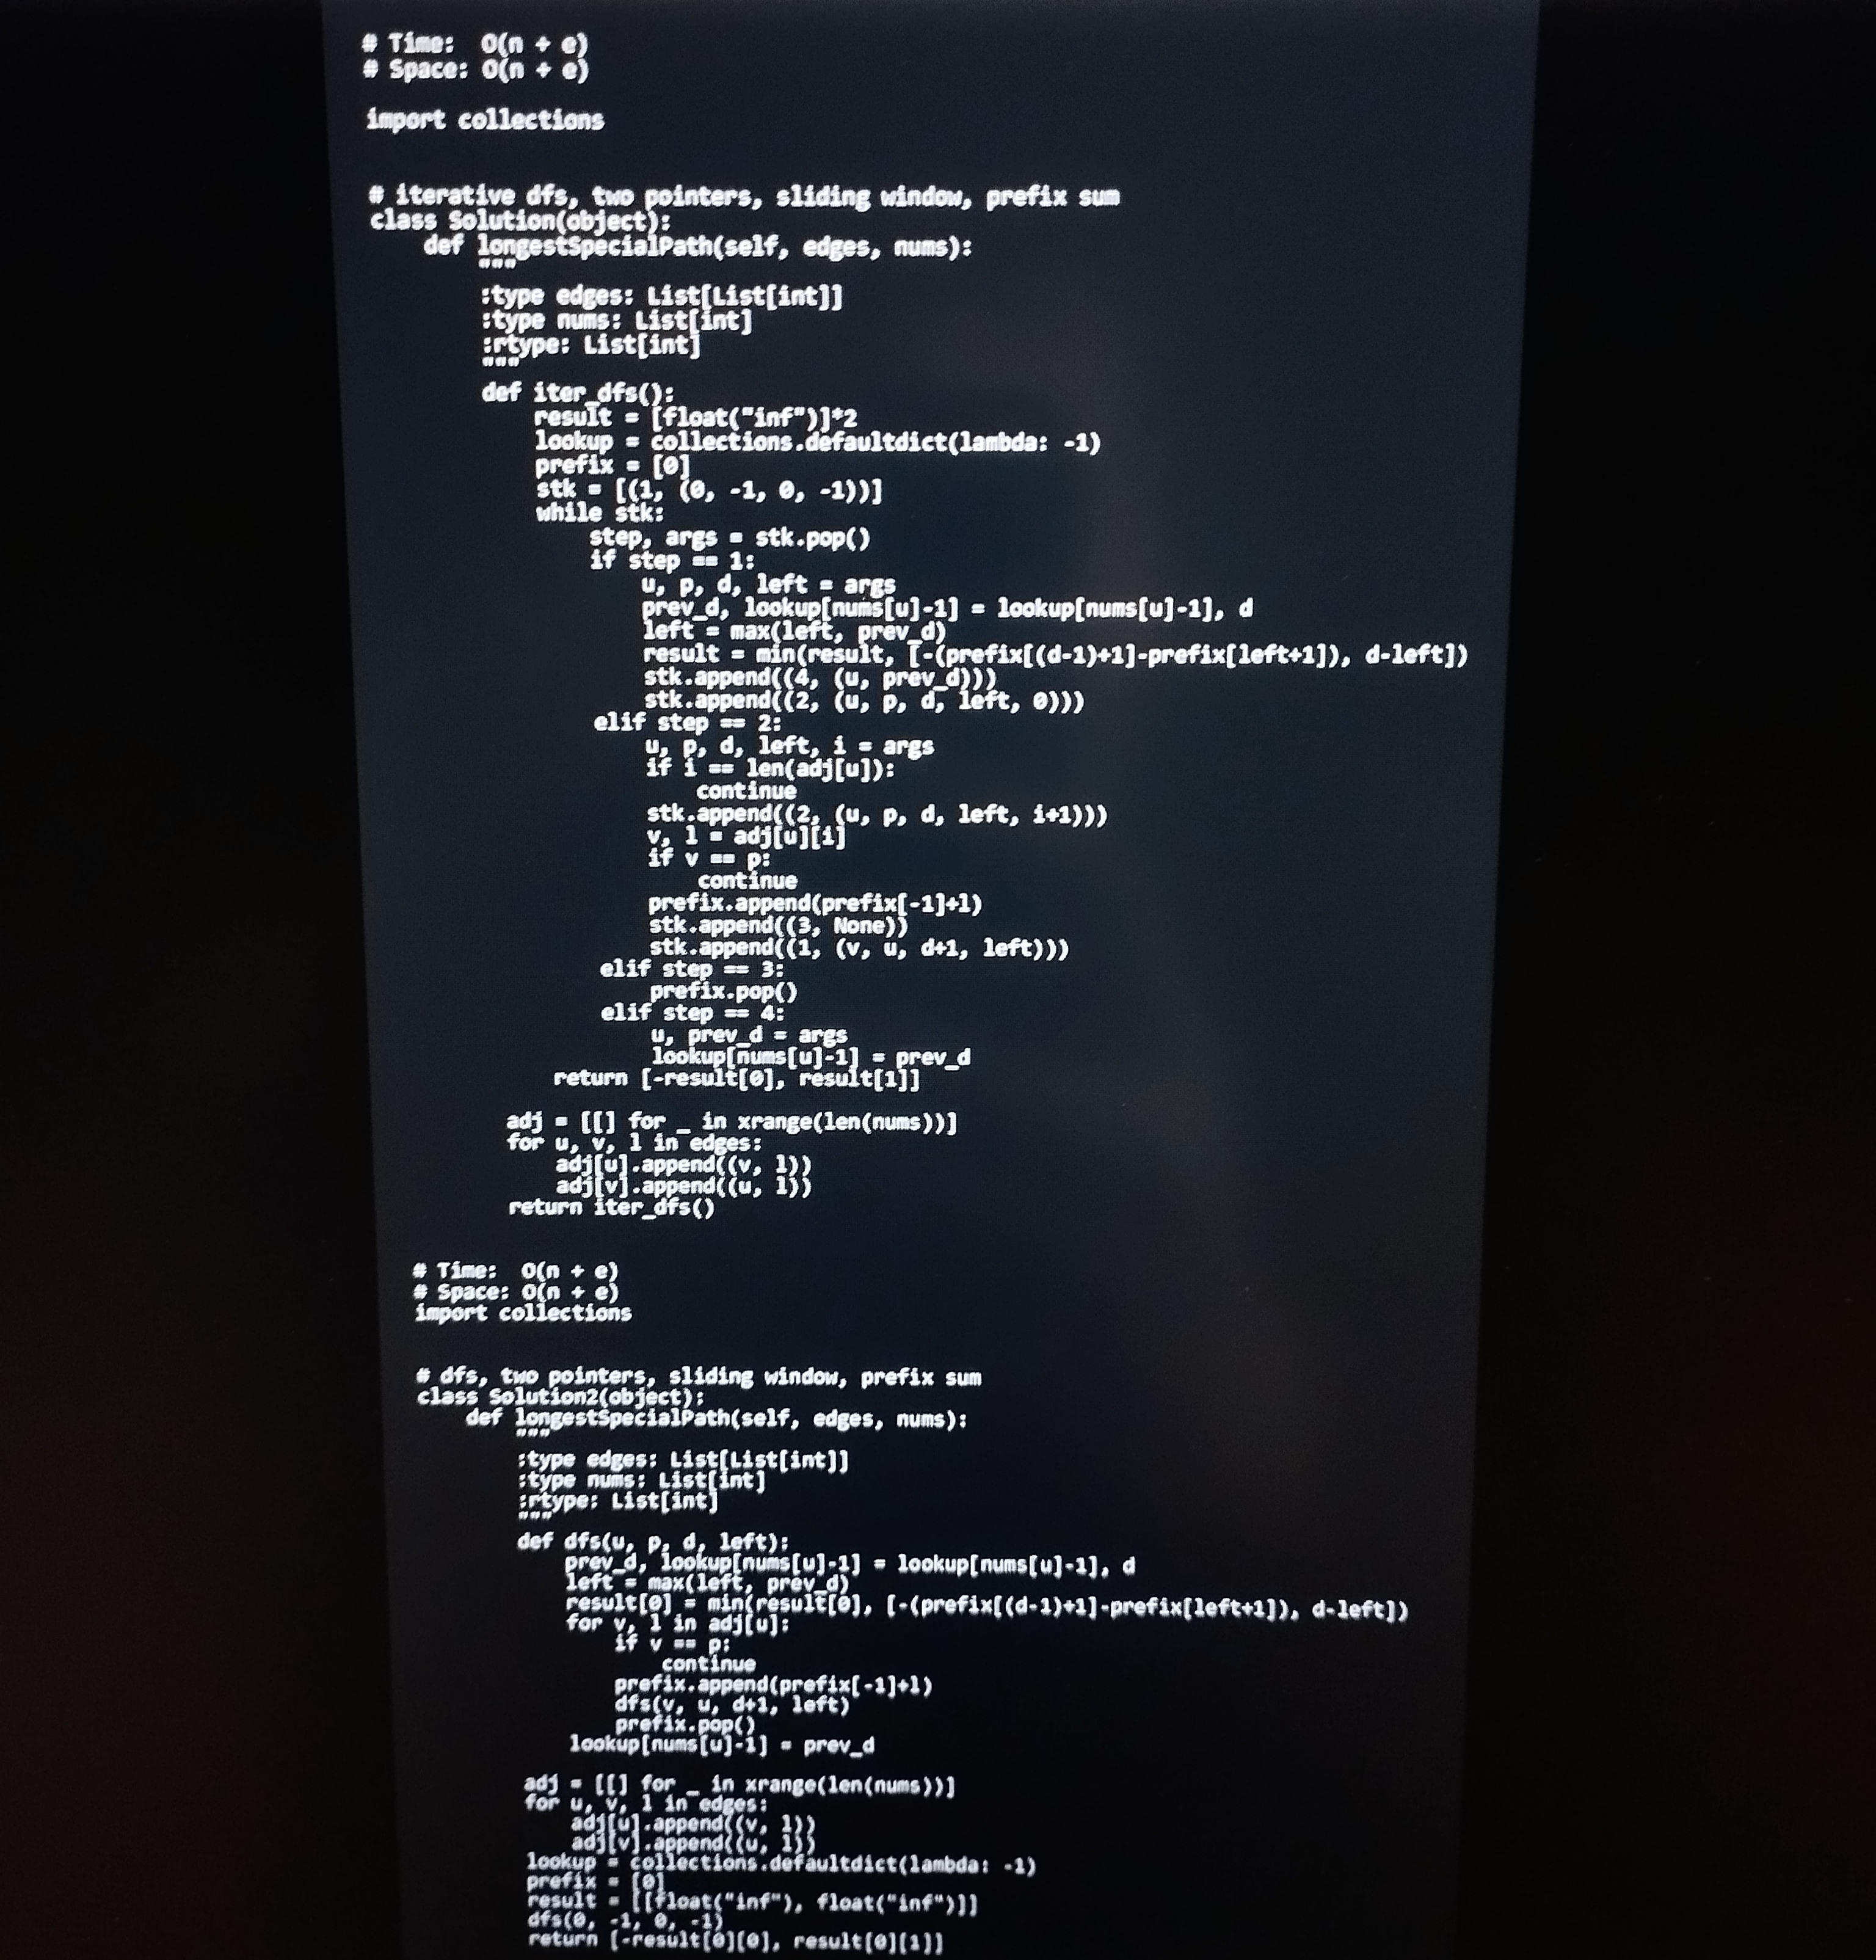
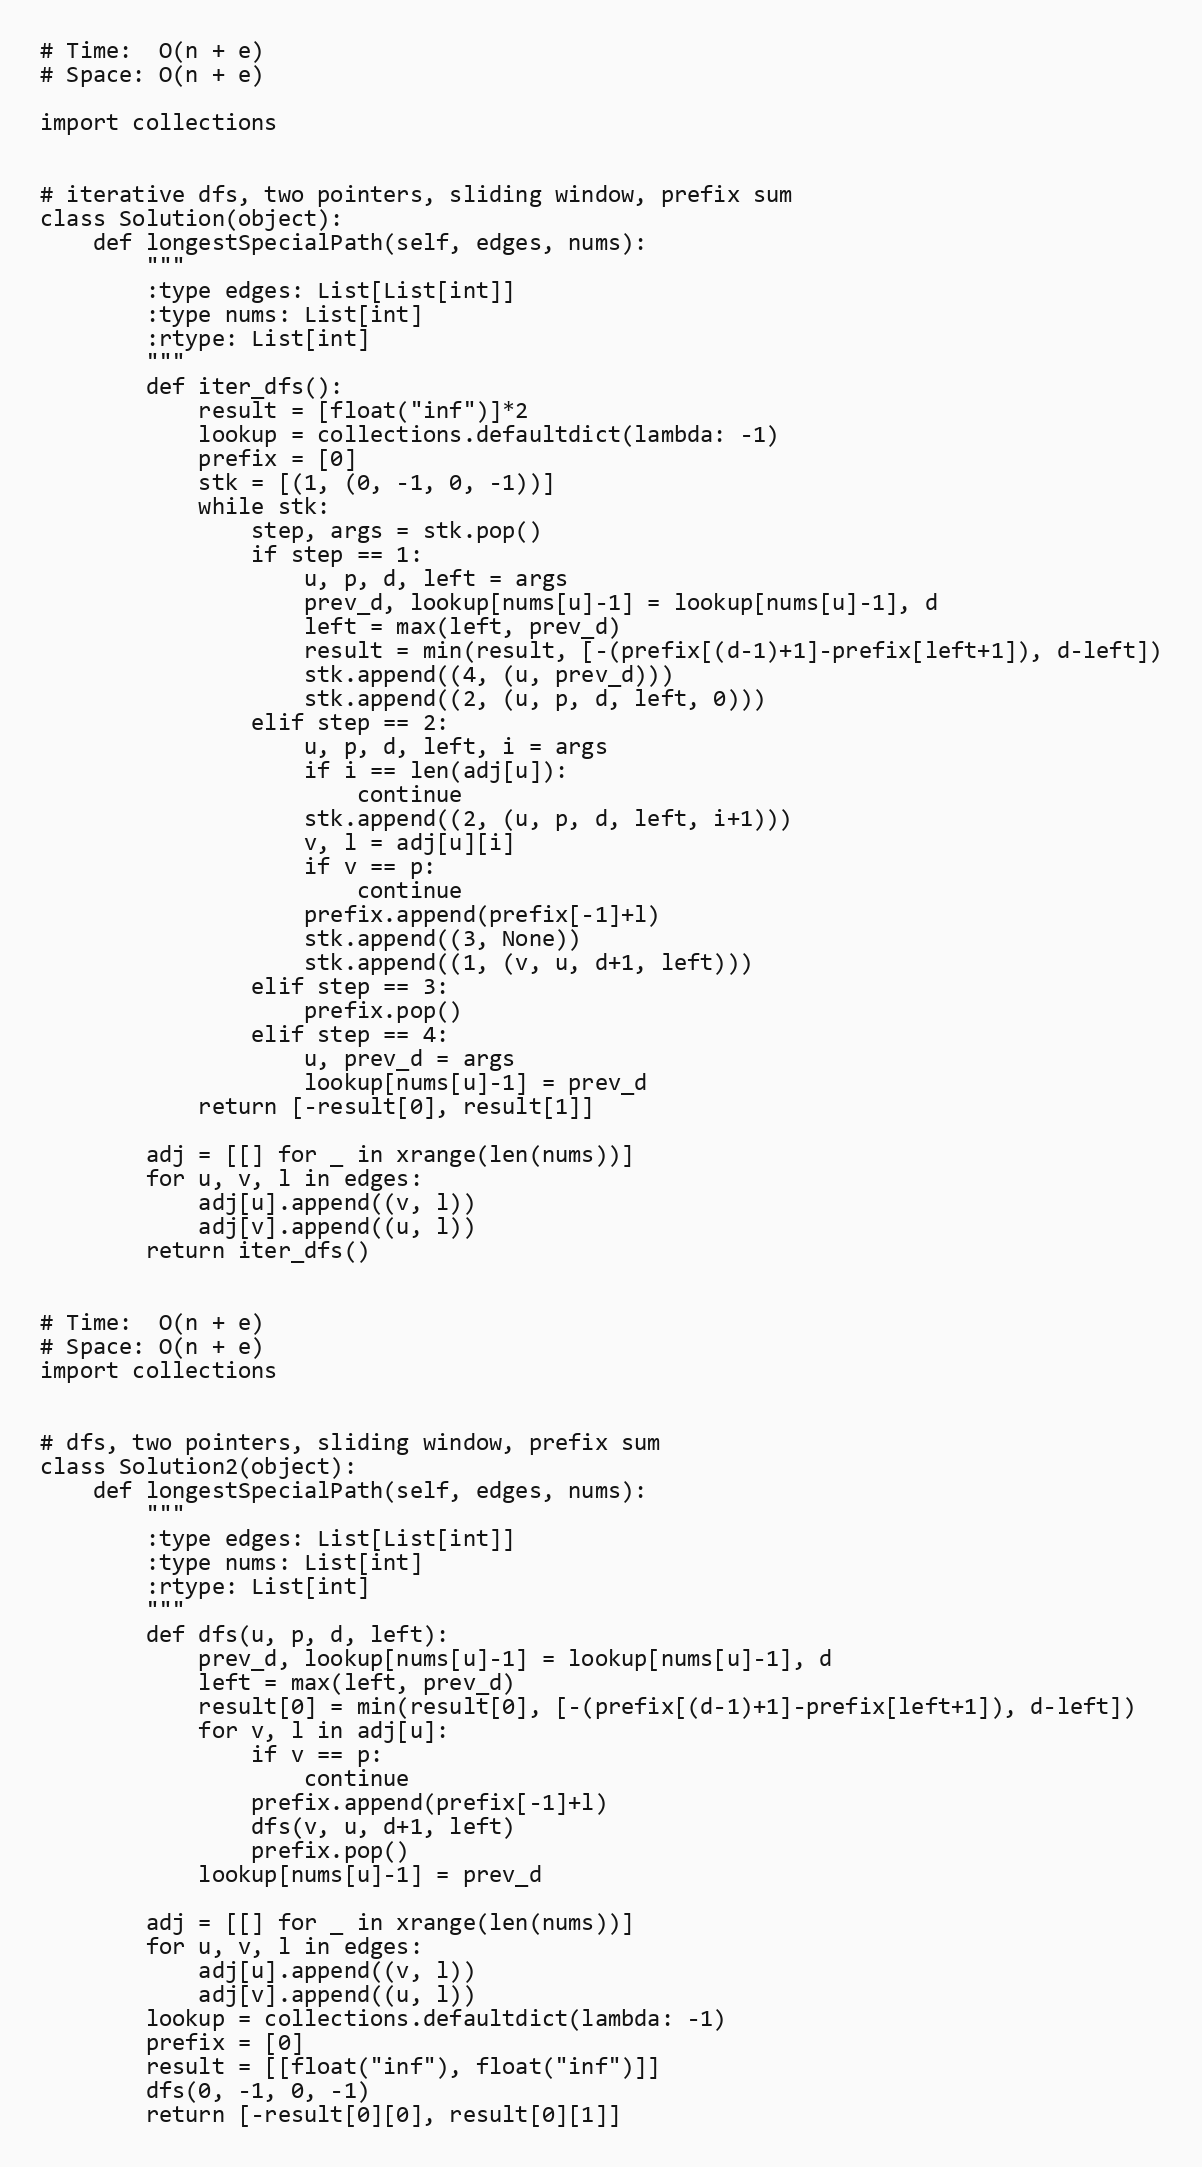
# Time:  O(n + e)
# Space: O(n + e)

import collections

# iterative dfs, two pointers, sliding window, prefix sum
class Solution(object):
    def longestSpecialPath(self, edges, nums):
        """
        :type edges: List[List[int]]
        :type nums: List[int]
        :rtype: List[int]
        """
        def iter_dfs():
            result = [float("inf")]*2
            lookup = collections.defaultdict(lambda: -1)
            prefix = [0]
            stk = [(1, (0, -1, 0, -1))]
            while stk:
                step, args = stk.pop()
                if step == 1:
                    u, p, d, left = args
                    prev_d, lookup[nums[u]-1] = lookup[nums[u]-1], d
                    left = max(left, prev_d)
                    result = min(result, [-(prefix[(d-1)+1]-prefix[left+1]), d-left])
                    stk.append((4, (u, prev_d)))
                    stk.append((2, (u, p, d, left, 0)))
                elif step == 2:
                    u, p, d, left, i = args
                    if i == len(adj[u]):
                        continue
                    stk.append((2, (u, p, d, left, i+1)))
                    v, l = adj[u][i]
                    if v == p:
                        continue
                    prefix.append(prefix[-1]+l)
                    stk.append((3, None))
                    stk.append((1, (v, u, d+1, left)))
                elif step == 3:
                    prefix.pop()
                elif step == 4:
                    u, prev_d = args
                    lookup[nums[u]-1] = prev_d
            return [-result[0], result[1]]

        adj = [[] for _ in xrange(len(nums))]
        for u, v, l in edges:
            adj[u].append((v, l))
            adj[v].append((u, l))
        return iter_dfs()

# Time:  O(n + e)
# Space: O(n + e)
import collections

# dfs, two pointers, sliding window, prefix sum
class Solution2(object):
    def longestSpecialPath(self, edges, nums):
        """
        :type edges: List[List[int]]
        :type nums: List[int]
        :rtype: List[int]
        """
        def dfs(u, p, d, left):
            prev_d, lookup[nums[u]-1] = lookup[nums[u]-1], d
            left = max(left, prev_d)
            result[0] = min(result[0], [-(prefix[(d-1)+1]-prefix[left+1]), d-left])
            for v, l in adj[u]:
                if v == p:
                    continue
                prefix.append(prefix[-1]+l)
                dfs(v, u, d+1, left)
                prefix.pop()
            lookup[nums[u]-1] = prev_d

        adj = [[] for _ in xrange(len(nums))]
        for u, v, l in edges:
            adj[u].append((v, l))
            adj[v].append((u, l))
        lookup = collections.defaultdict(lambda: -1)
        prefix = [0]
        result = [[float("inf"), float("inf")]]
        dfs(0, -1, 0, -1)
        return [-result[0][0], result[0][1]]